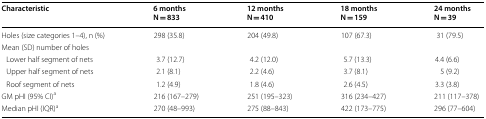
<table><thead><tr><td><b>Characteristic</b></td><td><b>6 monthsN = 833</b></td><td><b>12 monthsN = 410</b></td><td><b>18 monthsN = 159</b></td><td><b>24 monthsN = 39</b></td></tr></thead><tbody><tr><td>Holes (size categories 1–4), n (%)</td><td>298 (35.8)</td><td>204 (49.8)</td><td>107 (67.3)</td><td>31 (79.5)</td></tr><tr><td colspan="5">Mean (SD) number of holes</td></tr><tr><td> Lower half segment of nets</td><td>3.7 (12.7)</td><td>4.2 (12.0)</td><td>5.7 (13.3)</td><td>4.4 (6.6)</td></tr><tr><td> Upper half segment of nets</td><td>2.1 (8.1)</td><td>2.2 (4.6)</td><td>3.7 (8.1)</td><td>5 (9.2)</td></tr><tr><td> Roof segment of nets</td><td>1.2 (4.9)</td><td>1.8 (4.6)</td><td>2.6 (4.5)</td><td>3.3 (3.8)</td></tr><tr><td>GM pHI (95% CI)<sup>a</sup></td><td>216 (167–279)</td><td>251 (195–323)</td><td>316 (234–427)</td><td>211 (117–378)</td></tr><tr><td>Median pHI (IQR)<sup>a</sup></td><td>270 (48–993)</td><td>275 (88–843)</td><td>422 (173–775)</td><td>296 (77–604)</td></tr></tbody></table>